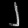
Digit: ၂